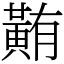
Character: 䵋